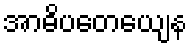
အာဓိပတေယျေန